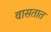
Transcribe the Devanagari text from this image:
वासतात